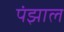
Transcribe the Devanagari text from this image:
पंझाल